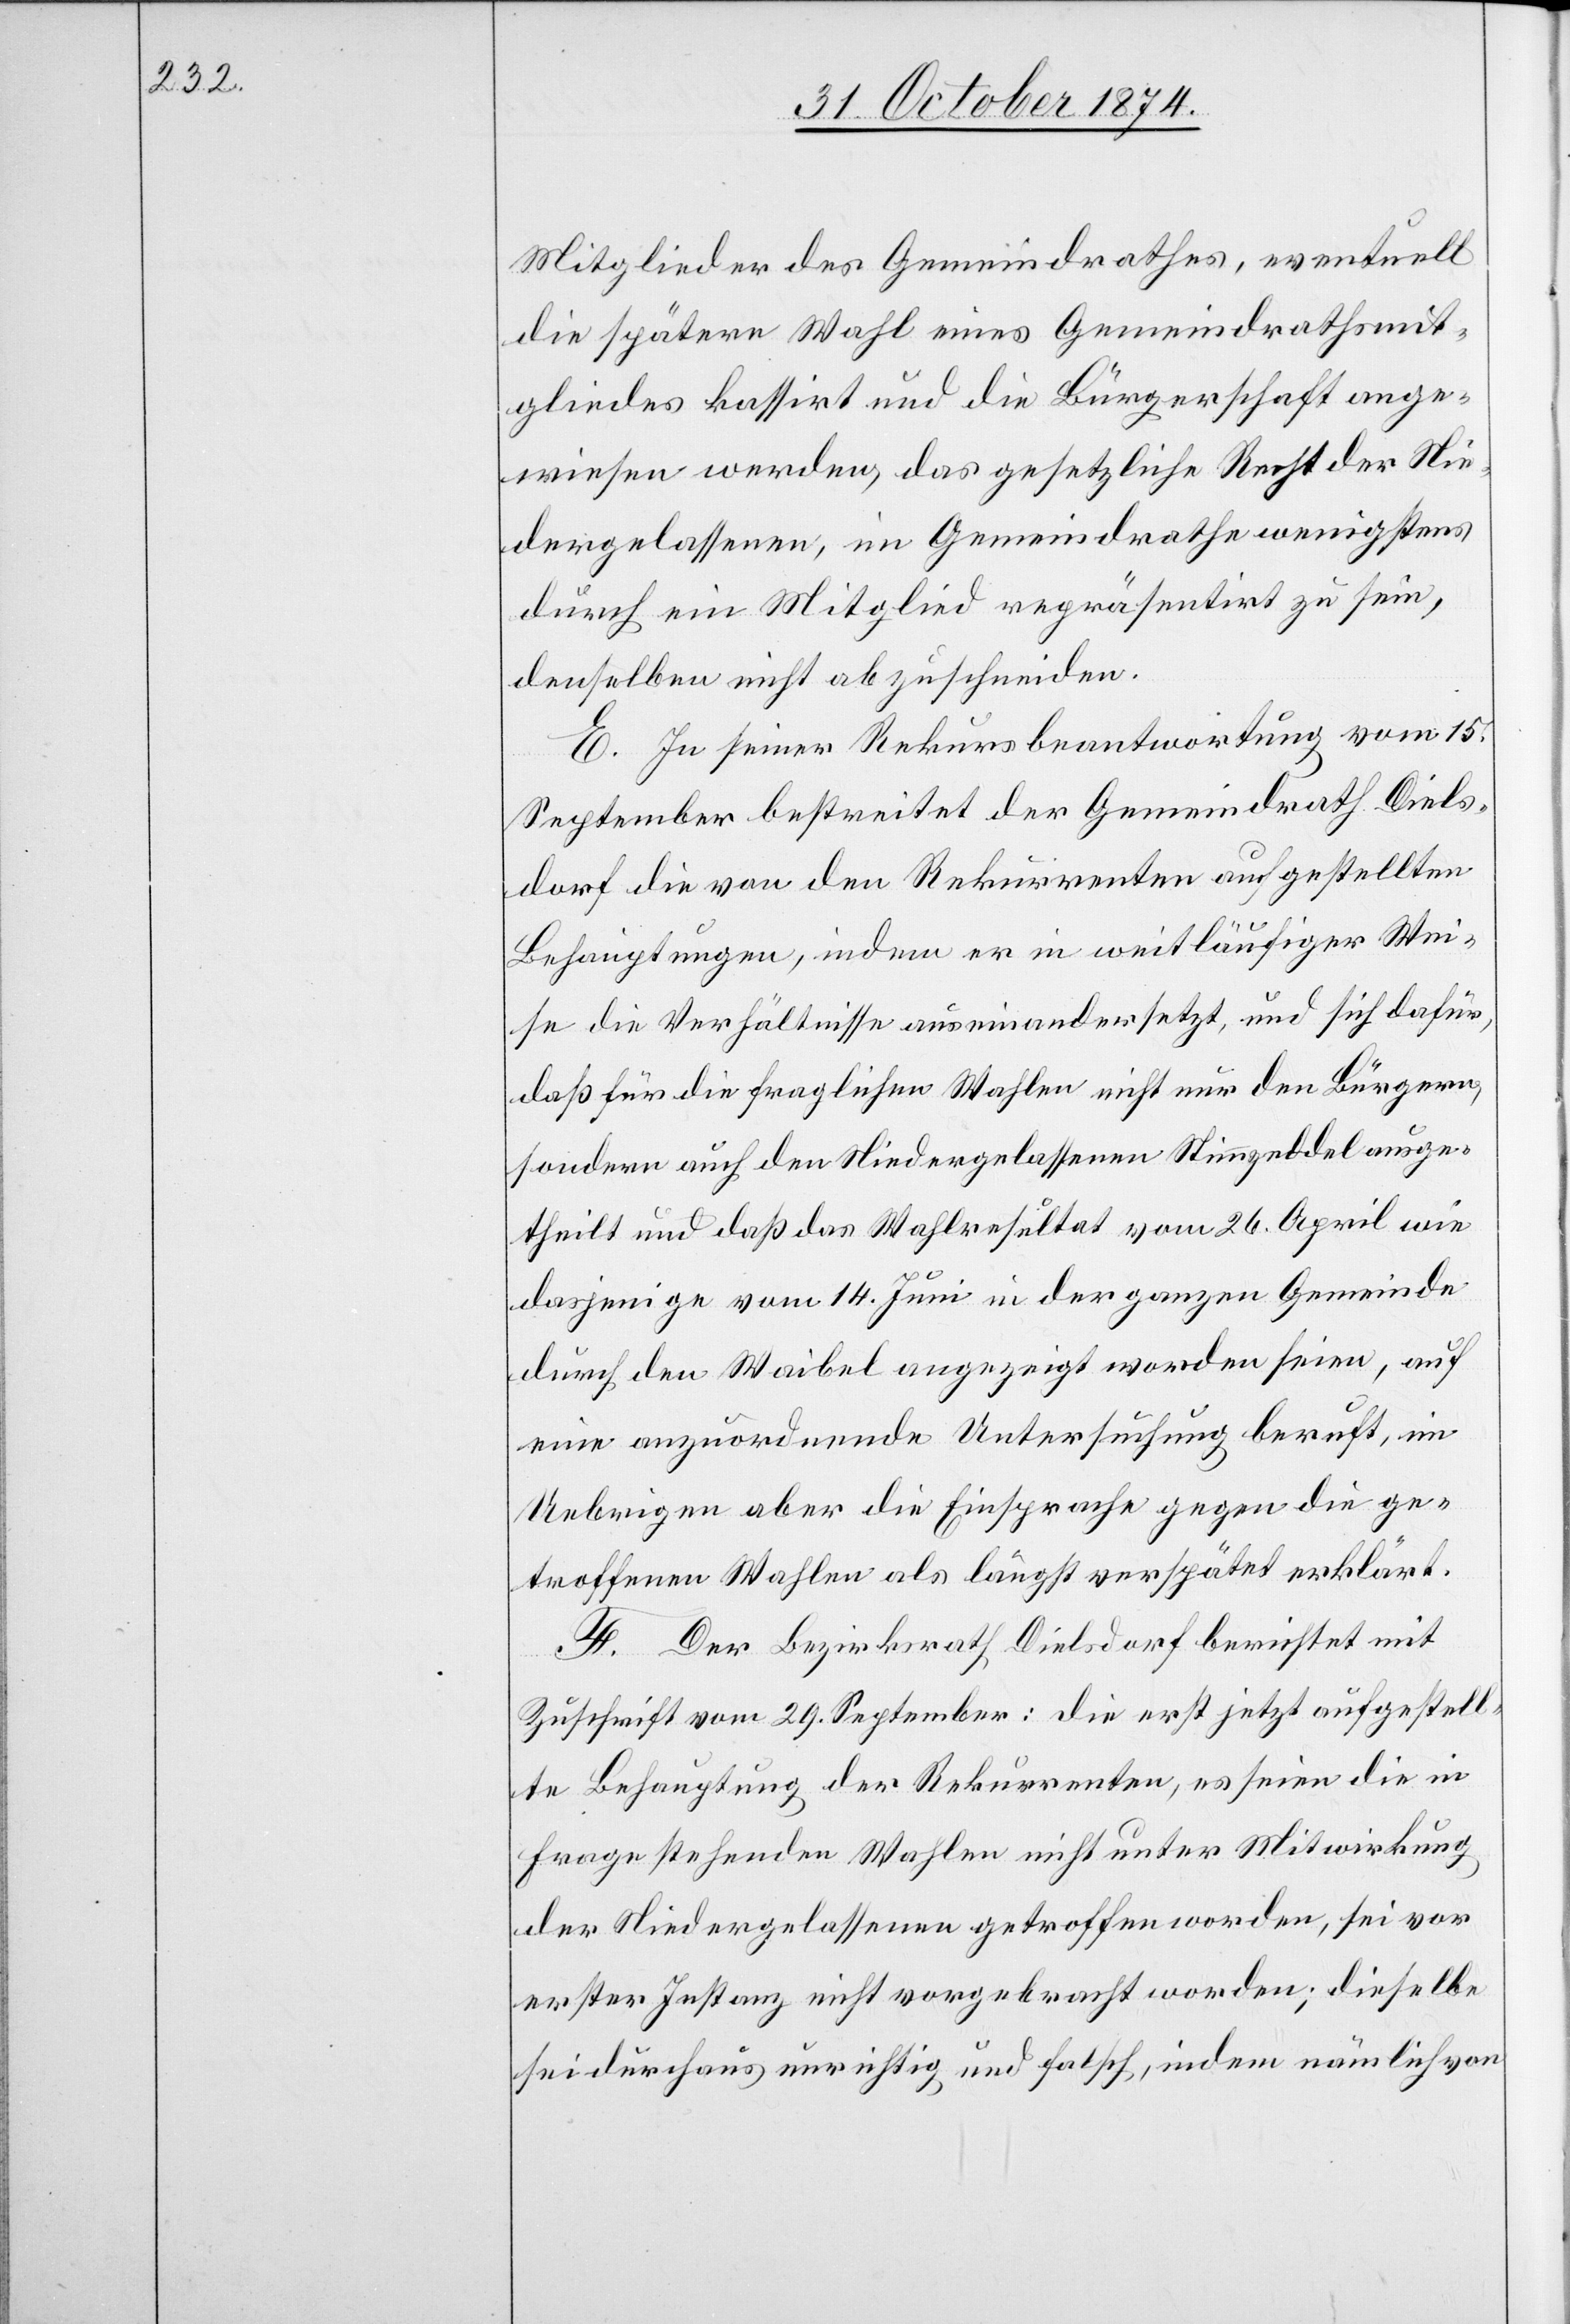
Mitgliedern des Gemeindrathes, eventuell
die spätere Wahl eines Gemeindrathsmit¬
gliedes kassirt und die Bürgerschaft ange¬
wiesen werden, das gesetzliche Recht der Nie¬
dergelassenen, im Gemeindrathe wenigstens
durch ein Mitglied repräsentirt zu sein,
denselben nicht abzuschneiden.
E. In seiner Rekursbeantwortung vom 15.
September bestreitet der Gemeindrath Diels¬
dorf die von den Rekurrenten aufgestellten
Behauptungen, indem er in weitläufiger Wei¬
se die Verhältnisse auseinandersetzt, und sich dafür,
daß für die fraglichen Wahlen nicht nur den Bürgern,
sondern auch den Niedergelassenen Stimmgelder ausge¬
theilt und daß das Wahlresultat vom 26. April wie
dasjenige vom 14. Juni in der ganzen Gemeinde
durch den Waibel angezeigt worden seien, auf
eine anzuordnende Untersuchung beruft, im
Uebrigen aber die Einsprache gegen die ge¬
troffenen Wahlen als längst verspätet erklärt.
F. Der Bezirksrath Dielsdorf berichtet mit
Zuschrift vom 29. September: die erst jetzt aufgestell¬
te Behauptung der Rekurrenten, es seien die in
Frage stehenden Wahlen nicht unter Mitwirkung
der Niedergelassenen getroffen worden, sei vor
erster Instanz nicht vorgebracht worden; dieselbe
sei durchaus unrichtig und falsch, indem nämlich von